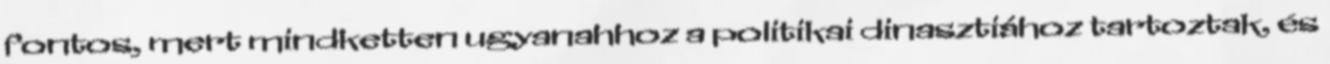
fontos, mert mindketten ugyanahhoz a politikai dinasztiához tartoztak, és